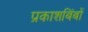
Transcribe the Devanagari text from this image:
प्रकाशबिंबों